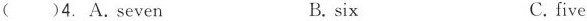
()4.A.seven B.six C.five